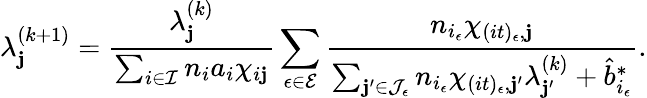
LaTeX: \lambda_{\mathbf{j}}^{(k+1)}=\frac{{\lambda_{\mathbf{j}}^{(k)}}}{{\sum_{i\in\mathcal{{I}}}{n_{i}a_{i}\chi_{i\mathbf{j}}}}}\sum_{\epsilon\in\mathcal{{E}}}{\frac{{n_{i_{\epsilon}}\chi_{(it)_{\epsilon},\mathbf{j}}}}{{\sum_{\mathbf{j}^{\prime}\in\mathcal{{J}}_{\epsilon}}n_{i_{\epsilon}}\chi_{(it)_{\epsilon},\mathbf{j}^{\prime}}\lambda_{\mathbf{j}^{\prime}}^{(k)}+\hat{{b}}_{i_{\epsilon}}^{*}}}}.